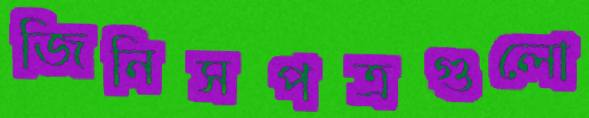
জিনিসপত্রগুলো